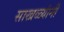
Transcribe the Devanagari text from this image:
साखळ्यांनी